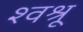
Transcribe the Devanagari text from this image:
श्वश्रू